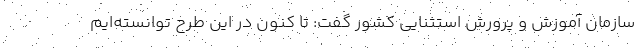
سازمان آموزش و پرورش استثنایی کشور گفت: تا کنون در این طرح توانسته‌ایم